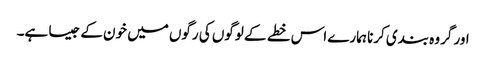
اور گروہ بندی کرنا ہمارے اس خطے کے لوگوں کی رگوں میں خون کے جیسا ہے۔